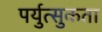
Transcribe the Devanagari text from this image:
पर्युत्सुकता